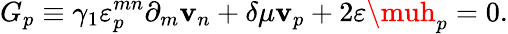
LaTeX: G_{p}\equiv\gamma_{1}\varepsilon_{p}^{mn}\partial_{m}\mathbf{v}_{n}+\delta\mu\mathbf{v}_{p}+2\varepsilon\muh_{p}=0.